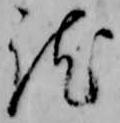
訖